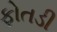
ફોતડી